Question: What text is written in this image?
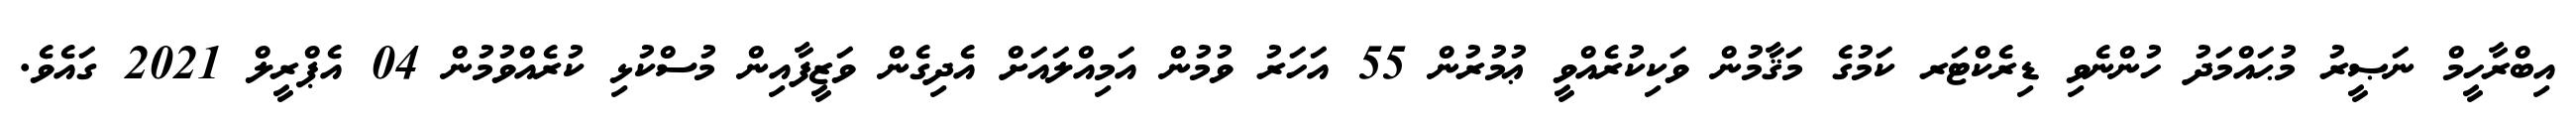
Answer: އިބްރާހީމް ނަޞީރު މުޙައްމަދު ހުންނެވި ޑިރެކްޓަރ ކަމުގެ މަޤާމުން ވަކިކުރެއްވީ ޢުމުރުން 55 އަހަރު ވުމުން އަމިއްލައަށް އެދިގެން ވަޒީފާއިން މުސްކުޅި ކުރެއްވުމުން 04 އެޕްރީލް 2021 ގައެވެ.